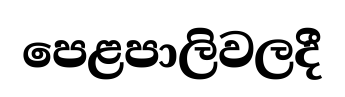
පෙළපාලිවලදී